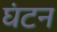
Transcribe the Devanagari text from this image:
घंटन